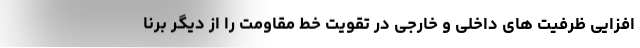
افزایی ظرفیت های داخلی و خارجی در تقویت خط مقاومت را از دیگر برنا